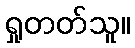
ရှုတတ်သူ။